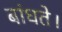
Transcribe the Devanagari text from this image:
बांधते।